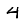
Digit: 4